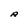
Character: R